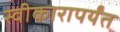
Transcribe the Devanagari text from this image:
स्वीकारापर्यंत